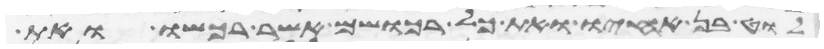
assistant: לוט בן אחיו ואת כל רכושם אשר רכשו ואת